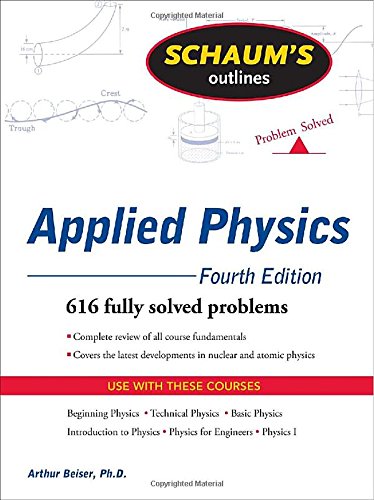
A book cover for Schaum's Outline of Applied Physics, 4ed (Schaum's Outlines); Arthur Beiser; Science & Math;